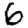
Digit: 6